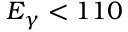
E _ { \gamma } < 1 1 0